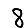
Digit: 8